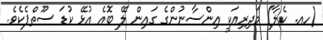
(ހއ. ކެލާ) މަދިރިއަކީ އިންސާނުންގެެ ގައިން ލޭ ބޮއެ އުޅޭ ކުޑަ ސޫތްޕެކެވެ.